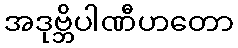
အဒုဗ္ဘိပါဏီဟတော